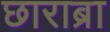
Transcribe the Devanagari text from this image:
छाराब्रा